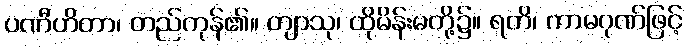
ပဏီဟိတာ၊ တည်ကုန်၏။ တျာသု၊ ထိုမိန်းမတို့၌။ ရတိ၊ ကာမဂုဏ်ဖြင့်